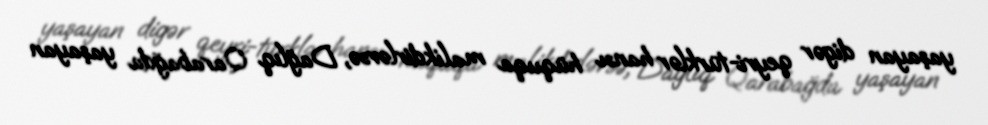
yaşayan digər qeyri-türklər hansı hüquqa malikdirlərsə, Dağlıq Qarabağda yaşayan